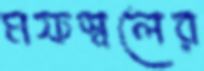
মফস্বলের